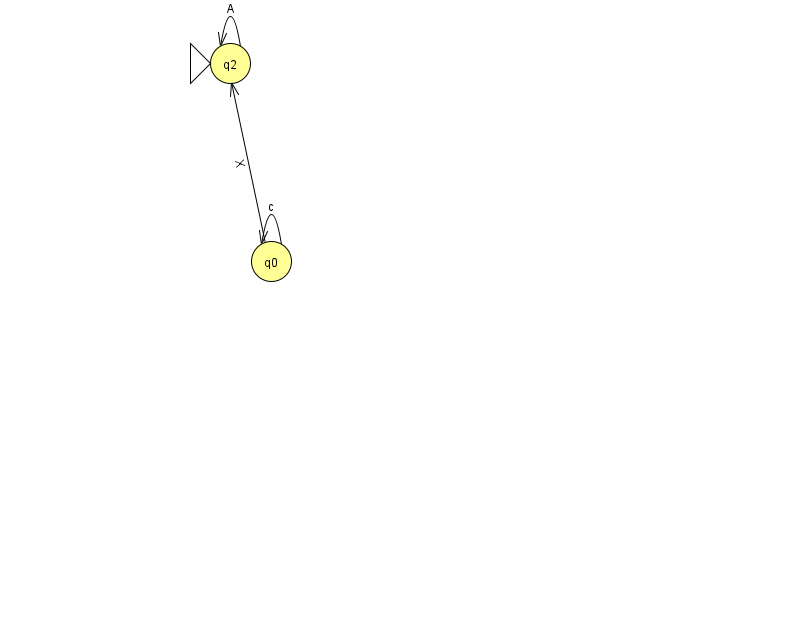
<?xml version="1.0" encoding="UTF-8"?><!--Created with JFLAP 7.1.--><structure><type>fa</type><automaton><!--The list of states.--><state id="0" name="q0"><x>271.0</x><y>248.0</y></state><state id="2" name="q2"><x>230.0</x><y>50.0</y><initial/></state><!--The list of transitions.--><transition><from>2</from><to>2</to><read>A</read></transition><transition><from>0</from><to>0</to><read>c</read></transition><transition><from>0</from><to>2</to><read>X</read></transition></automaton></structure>